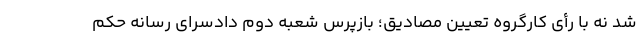
شد نه با رأی کارگروه تعیین مصادیق؛ بازپرس شعبه دوم دادسرای رسانه حکم